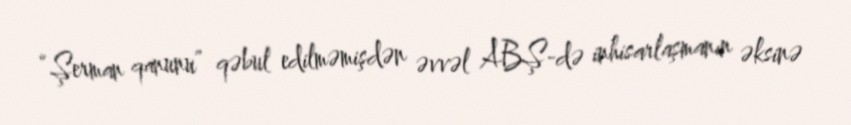
“Şerman qanunu” qəbul edilməmişdən əvvəl ABŞ-də inhisarlaşmanın əksinə